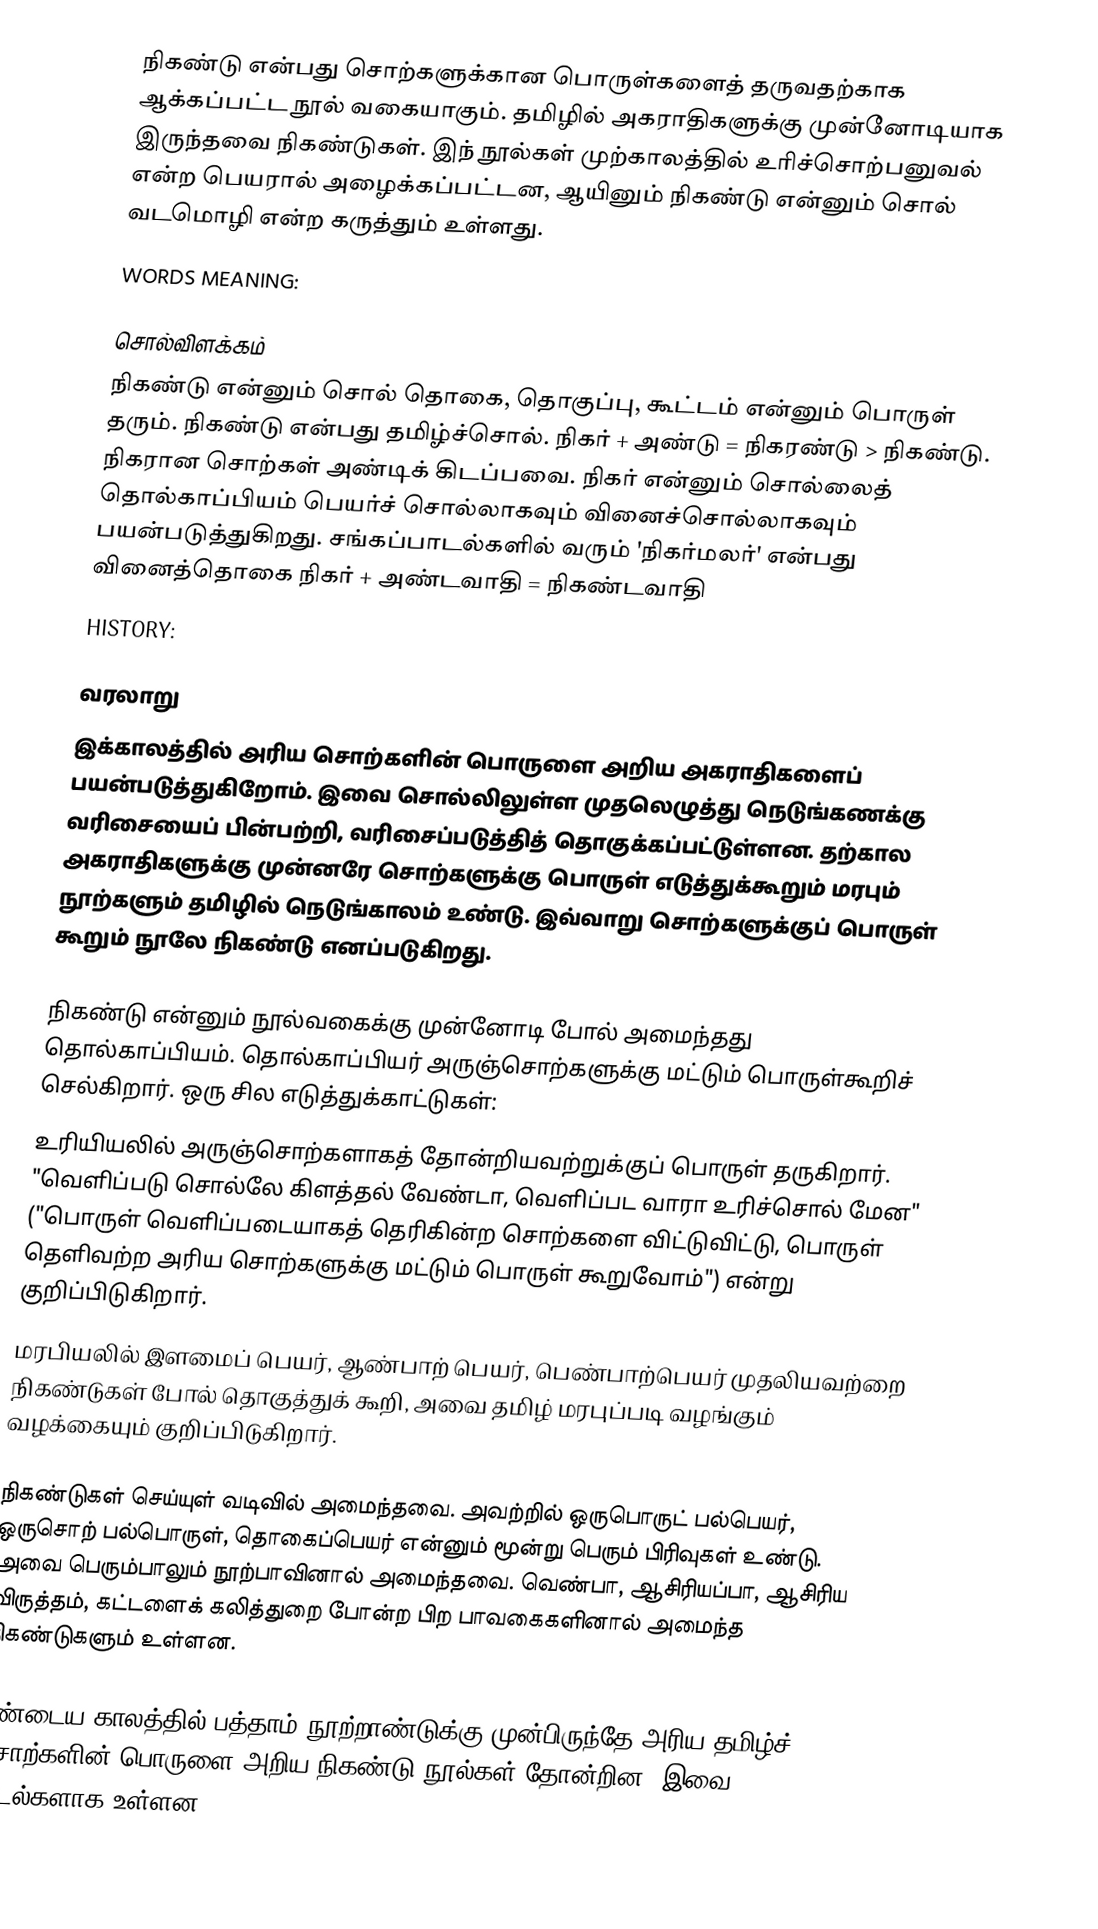
நிகண்டு என்பது சொற்களுக்கான பொருள்களைத் தருவதற்காக ஆக்கப்பட்ட நூல் வகையாகும். தமிழில் அகராதிகளுக்கு முன்னோடியாக இருந்தவை நிகண்டுகள். இந் நூல்கள் முற்காலத்தில் உரிச்சொற்பனுவல் என்ற பெயரால் அழைக்கப்பட்டன, ஆயினும் நிகண்டு என்னும் சொல் வடமொழி என்ற கருத்தும் உள்ளது.
WORDS MEANING:

சொல்விளக்கம்
நிகண்டு என்னும் சொல் தொகை, தொகுப்பு, கூட்டம் என்னும் பொருள் தரும். நிகண்டு என்பது தமிழ்ச்சொல். நிகர் + அண்டு = நிகரண்டு > நிகண்டு. நிகரான சொற்கள் அண்டிக் கிடப்பவை. நிகர் என்னும் சொல்லைத் தொல்காப்பியம் பெயர்ச் சொல்லாகவும் வினைச்சொல்லாகவும் பயன்படுத்துகிறது.  சங்கப்பாடல்களில் வரும் 'நிகர்மலர்' என்பது வினைத்தொகை  நிகர் + அண்டவாதி = நிகண்டவாதி
HISTORY:

வரலாறு
இக்காலத்தில் அரிய சொற்களின் பொருளை அறிய அகராதிகளைப் பயன்படுத்துகிறோம். இவை சொல்லிலுள்ள முதலெழுத்து நெடுங்கணக்கு வரிசையைப் பின்பற்றி, வரிசைப்படுத்தித் தொகுக்கப்பட்டுள்ளன. தற்கால அகராதிகளுக்கு முன்னரே சொற்களுக்கு பொருள் எடுத்துக்கூறும் மரபும் நூற்களும் தமிழில் நெடுங்காலம் உண்டு.  இவ்வாறு சொற்களுக்குப் பொருள் கூறும் நூலே நிகண்டு எனப்படுகிறது.

நிகண்டு என்னும் நூல்வகைக்கு முன்னோடி போல் அமைந்தது தொல்காப்பியம். தொல்காப்பியர் அருஞ்சொற்களுக்கு மட்டும் பொருள்கூறிச் செல்கிறார். ஒரு சில எடுத்துக்காட்டுகள்:
 உரியியலில் அருஞ்சொற்களாகத் தோன்றியவற்றுக்குப் பொருள் தருகிறார். "வெளிப்படு சொல்லே கிளத்தல் வேண்டா, வெளிப்பட வாரா உரிச்சொல் மேன" ("பொருள் வெளிப்படையாகத் தெரிகின்ற சொற்களை விட்டுவிட்டு, பொருள் தெளிவற்ற அரிய சொற்களுக்கு மட்டும் பொருள் கூறுவோம்") என்று குறிப்பிடுகிறார்.
 மரபியலில் இளமைப் பெயர், ஆண்பாற் பெயர், பெண்பாற்பெயர் முதலியவற்றை நிகண்டுகள் போல் தொகுத்துக் கூறி, அவை தமிழ் மரபுப்படி வழங்கும் வழக்கையும் குறிப்பிடுகிறார்.

நிகண்டுகள் செய்யுள் வடிவில் அமைந்தவை. அவற்றில் ஒருபொருட் பல்பெயர், ஒருசொற் பல்பொருள், தொகைப்பெயர் என்னும் மூன்று பெரும் பிரிவுகள் உண்டு. அவை பெரும்பாலும் நூற்பாவினால் அமைந்தவை. வெண்பா, ஆசிரியப்பா, ஆசிரிய விருத்தம், கட்டளைக் கலித்துறை போன்ற பிற பாவகைகளினால் அமைந்த நிகண்டுகளும் உள்ளன.

பண்டைய காலத்தில் பத்தாம் நூற்றாண்டுக்கு முன்பிருந்தே அரிய தமிழ்ச் சொற்களின் பொருளை அறிய நிகண்டு நூல்கள் தோன்றின. இவை பாடல்களாக உள்ளன.